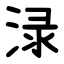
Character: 渌